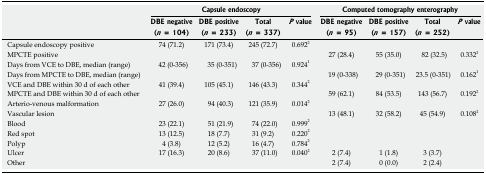
<table><thead><tr><td rowspan="3"></td><td colspan="4"><b>Capsule endoscopy</b></td><td colspan="4"><b>Computed tomography enterography</b></td></tr><tr><td><b>DBE negative</b></td><td><b>DBE positive</b></td><td><b>Total</b></td><td><b><i>P</i> value</b></td><td><b>DBE negative</b></td><td><b>DBE positive</b></td><td><b>Total</b></td><td><b><i>P</i> value</b></td></tr><tr><td><b>(<i>n</i> = 104)</b></td><td><b>(<i>n</i> = 233)</b></td><td><b>(<i>n</i> = 337)</b></td><td></td><td><b>(<i>n</i> = 95)</b></td><td><b>(<i>n</i> = 157)</b></td><td><b>(<i>n</i> = 252)</b></td><td></td></tr></thead><tbody><tr><td>Capsule endoscopy positive</td><td>74 (71.2)</td><td>171 (73.4)</td><td>245 (72.7)</td><td>0.6922</td><td></td><td></td><td></td><td></td></tr><tr><td>MPCTE positive</td><td></td><td></td><td></td><td></td><td>27 (28.4)</td><td>55 (35.0)</td><td>82 (32.5)</td><td>0.3322</td></tr><tr><td>Days from VCE to DBE, median (range)</td><td>42 (0-356)</td><td>35 (0-351)</td><td>37 (0-356)</td><td>0.9241</td><td></td><td></td><td></td><td></td></tr><tr><td>Days from MPCTE to DBE, median (range)</td><td></td><td></td><td></td><td></td><td>19 (0-338)</td><td>29 (0-351)</td><td>23.5 (0-351)</td><td>0.1621</td></tr><tr><td>VCE and DBE within 30 d of each other</td><td>41 (39.4)</td><td>105 (45.1)</td><td>146 (43.3)</td><td>0.3442</td><td></td><td></td><td></td><td></td></tr><tr><td>MPCTE and DBE within 30 d of each other</td><td></td><td></td><td></td><td></td><td>59 (62.1)</td><td>84 (53.5)</td><td>143 (56.7)</td><td>0.1922</td></tr><tr><td>Arterio-venous malformation</td><td>27 (26.0)</td><td>94 (40.3)</td><td>121 (35.9)</td><td>0.0142</td><td></td><td></td><td></td><td></td></tr><tr><td>Vascular lesion</td><td></td><td></td><td></td><td></td><td>13 (48.1)</td><td>32 (58.2)</td><td>45 (54.9)</td><td>0.1082</td></tr><tr><td>Blood</td><td>23 (22.1)</td><td>51 (21.9)</td><td>74 (22.0)</td><td>0.9992</td><td></td><td></td><td></td><td></td></tr><tr><td>Red spot</td><td>13 (12.5)</td><td>18 (7.7)</td><td>31 (9.2)</td><td>0.2202</td><td></td><td></td><td></td><td></td></tr><tr><td>Polyp</td><td>4 (3.8)</td><td>12 (5.2)</td><td>16 (4.7)</td><td>0.7842</td><td></td><td></td><td></td><td></td></tr><tr><td>Ulcer</td><td>17 (16.3)</td><td>20 (8.6)</td><td>37 (11.0)</td><td>0.0402</td><td>2 (7.4)</td><td>1 (1.8)</td><td>3 (3.7)</td><td></td></tr><tr><td>Other</td><td></td><td></td><td></td><td></td><td>2 (7.4)</td><td>0 (0.0)</td><td>2 (2.4)</td><td></td></tr></tbody></table>